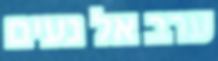
ערב אל נעים